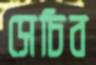
সেচিব